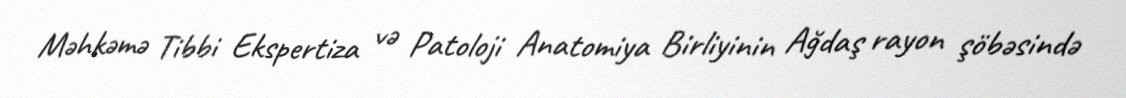
Məhkəmə Tibbi Ekspertiza və Patoloji Anatomiya Birliyinin Ağdaş rayon şöbəsində